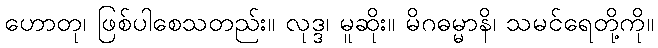
ဟောတု၊ ဖြစ်ပါစေသတည်း။ လုဒ္ဒ၊ မူဆိုး။ မိဂဓမ္မာနိ၊ သမင်ရေတို့ကို။